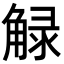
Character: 觮